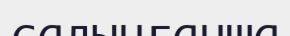
салынғанша